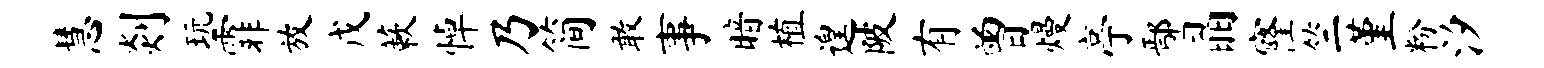
慧剡玩霏放戊蔌悼乃简敢事暗植遑陂有曾熳亭鄢晶窿竺堇粉汐